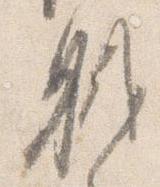
職